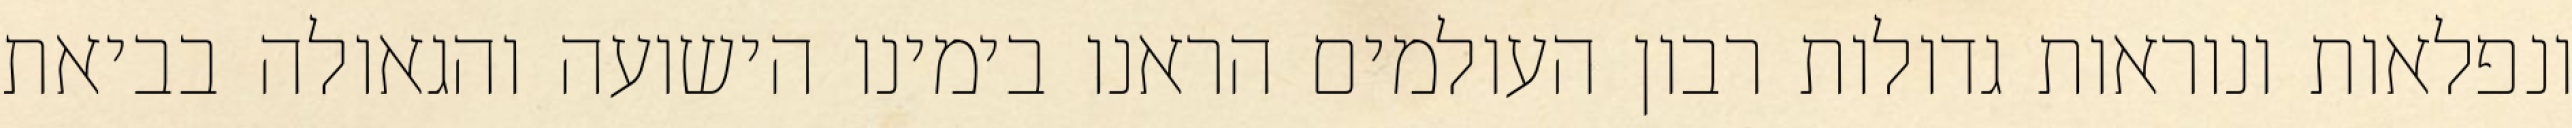
ונפלאות ונוראות גדולות רבון העולמים הראנו בימינו הישועה והגאולה בביאת